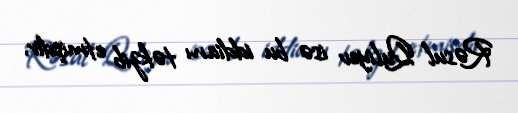
Rəsul Quliyev isə bu iddianı təkzib etmişdir.